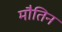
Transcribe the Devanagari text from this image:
मौतिन